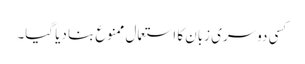
کسی دوسری زبان کا استعمال ممنوع بنا دیا گیا۔